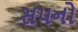
સપનો